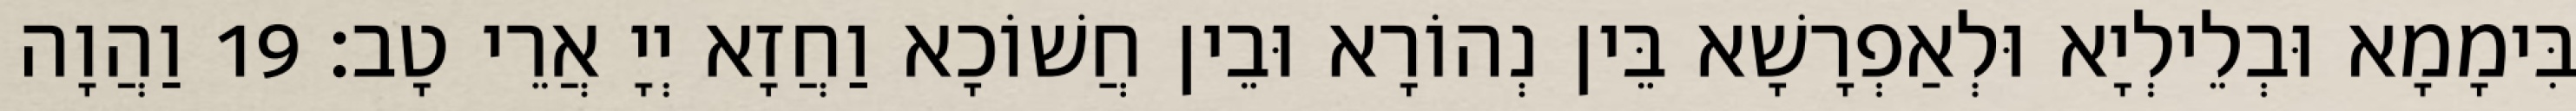
בִּימָמָא וּבְלֵילְיָא וּלְאַפְרָשָׁא בֵּין נְהוֹרָא וּבֵין חֲשׁוֹכָא וַחֲזָא יְיָ אֲרֵי טָב׃ 19 וַהֲוָה